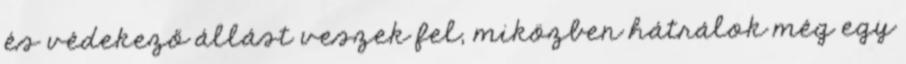
és védekező állást veszek fel, miközben hátrálok még egy